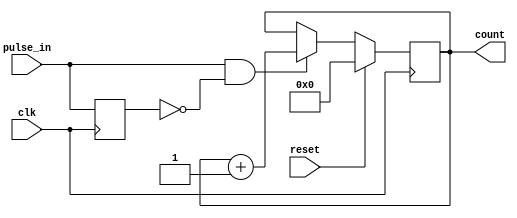
module pulse_counter (
    input wire clk,            // Clock signal
    input wire reset,          // Reset signal (active high)
    input wire pulse_in,       // Pulse input signal
    output reg [3:0] count     // 4-bit count output
);

// State register for previous pulse input
reg pulse_in_prev;

// Synchronous counting logic
always @(posedge clk) begin
    if (reset) begin
        count <= 4'b0000; // Reset the counter to zero
    end else begin
        // Detect rising edge of pulse_in
        if (pulse_in && !pulse_in_prev) begin
            // Increment the count
            count <= count + 1;
        end
    end
    // Store current pulse_in state for next edge detection
    pulse_in_prev <= pulse_in;
end

endmodule